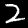
Label: 2